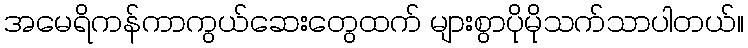
အမေရိကန်ကာကွယ်ဆေးတွေထက် များစွာပိုမိုသက်သာပါတယ်။